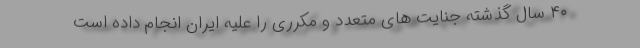
۴۰ سال گذشته جنایت های متعدد و مکرری را علیه ایران انجام داده است